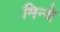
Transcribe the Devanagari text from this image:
मिन्ये